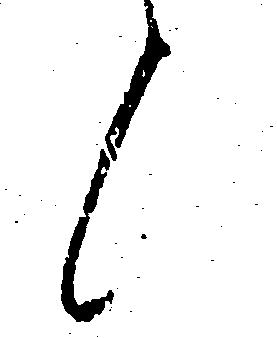
候